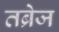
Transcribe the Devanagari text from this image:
तब्रेज